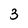
Character: 3